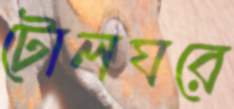
টোলঘরে